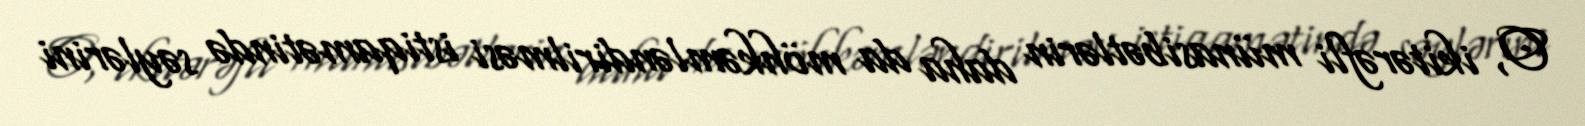
O, ikitərəfli münasibətlərin daha da möhkəmləndirilməsi istiqamətində səylərini